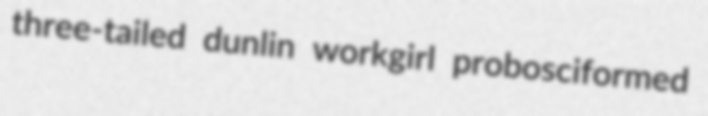
three-tailed dunlin workgirl probosciformed